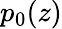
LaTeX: p_{0}(z)